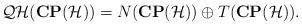
LaTeX: \begin{align*}{\cal QH}({\bf CP}({\cal H})) = N({\bf CP}({\cal H})) \oplus T({\bf CP}({\cal H})).\end{align*}